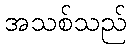
အသစ်သည်